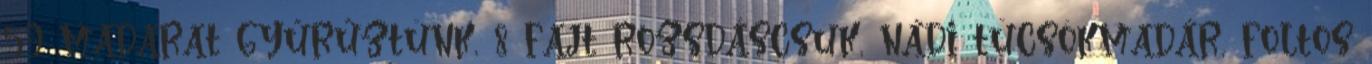
59 madarat gyűrűztünk, 8 fajt rozsdáscsuk, nádi tücsökmadár, foltos